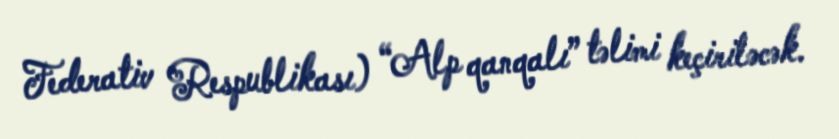
Federativ Respublikası) “Alp qanqalı” təlimi keçiriləcək.